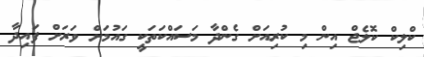
ކްލިކް ކޮލެޖް އިން މި ކުރިއަށް ގެންދާ މަސައްކަތަކީ ގައުމަށް ވަރަށް ފައިދާ